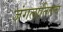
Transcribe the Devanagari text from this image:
जंगलातिलच